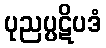
ပုညပ္ပဋိပဒံ